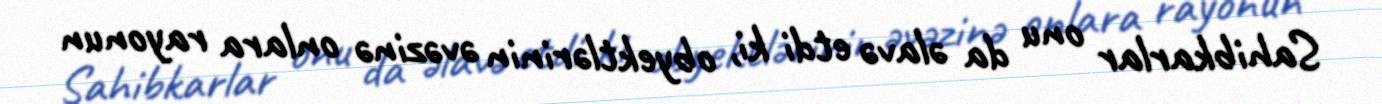
Sahibkarlar onu da əlavə etdi ki, obyektlərinin əvəzinə onlara rayonun